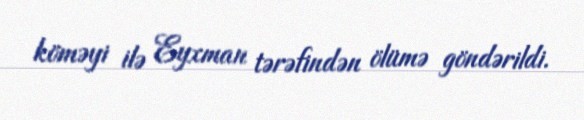
köməyi ilə Eyxman tərəfindən ölümə göndərildi.